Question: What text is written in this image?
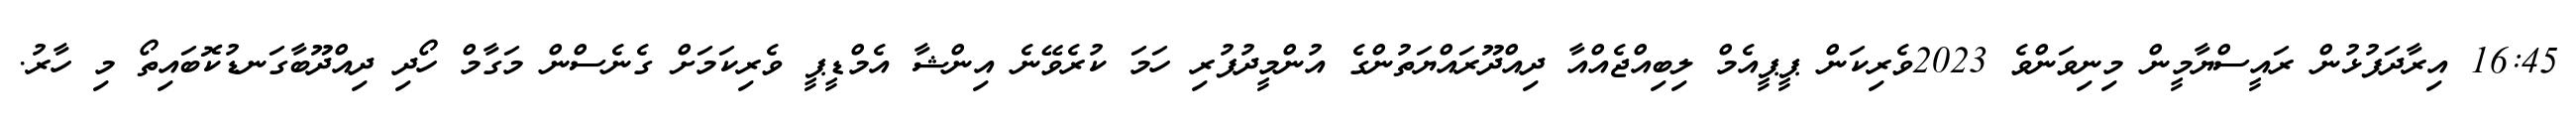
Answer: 16:45 އިރާދަފުޅުން ރައީސްޔާމީން މިނިވަންވެ 2023ވެރިކަން ޕީޕީއެމް ލިބިއްޖެއްއާ ދިއްދޫރައްޔަތުންގެ އުންމީދުފުރި ހަމަ ކުރެވޭނެ އިންޝާ އެމްޑީޕީ ވެރިކަމަށް ގެނެސްން މަގާމް ހޯދި ދިއްދޫބާގަނޑުކޮބައިތޯ މި ހާރު.